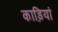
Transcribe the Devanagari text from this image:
काड़ियां